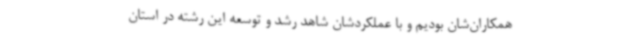
همکاران‌شان بودیم و با عملکردشان شاهد رشد و توسعه این رشته در استان